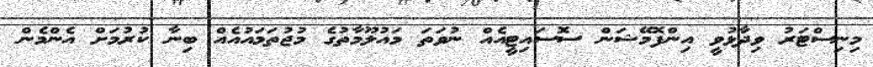
މިނިސްޓަރު ވިދާޅުވީ އިންފޮމޭޝަން ސޮސައިޓީއެއް ނުވަތަ މައުލޫމާތުގެ މުޖުތަމައުއެއް ބިނާ ކުރުމަށް އެންމެން